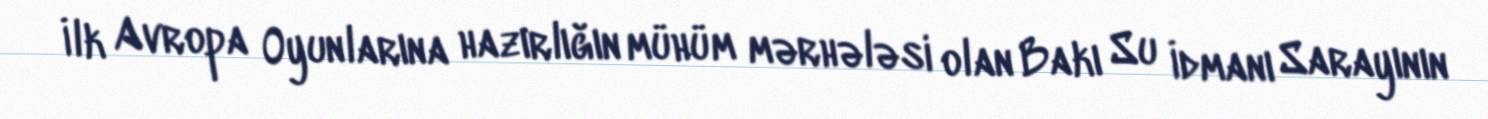
İlk Avropa Oyunlarına hazırlığın mühüm mərhələsi olan Bakı Su İdmanı Sarayının